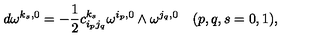
d \omega ^ { k _ { s } , 0 } = - \frac { 1 } { 2 } c _ { i _ { p } j _ { q } } ^ { k _ { s } } \omega ^ { i _ { p } , 0 } \wedge \omega ^ { j _ { q } , 0 } \quad ( p , q , s = 0 , 1 ) ,